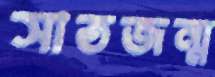
সাতজন্ম